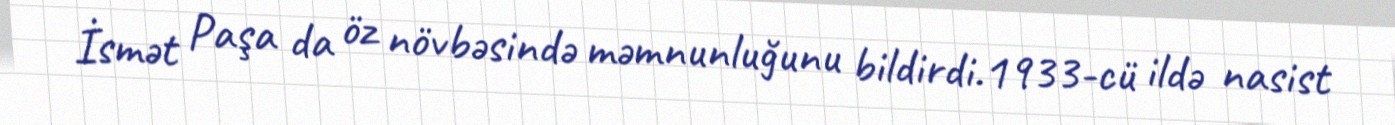
İsmət Paşa da öz növbəsində məmnunluğunu bildirdi.1933-cü ildə nasist